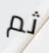
ثم